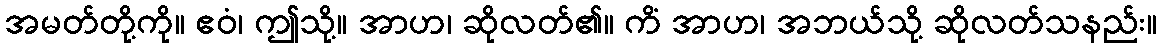
အမတ်တို့ကို။ ဧဝံ၊ ဤသို့။ အာဟ၊ ဆိုလတ်၏။ ကိံ အာဟ၊ အဘယ်သို့ ဆိုလတ်သနည်း။